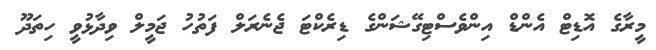
މީރާގެ އޮޑިޓް އެންޑް އިންވެސްޓިގޭޝަންގެ ޑިރެކްޓަ ޖެނެރަލް ފަތުހު ޖަމީލް ވިދާޅުވީ ހިތަދޫ